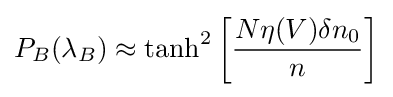
P_{B}(\lambda _{B})\approx \tanh ^{2}\left[{\frac {N\eta (V)\delta n_{0}}{n}}\right]